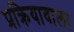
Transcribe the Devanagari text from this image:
प्रक्रियावाला